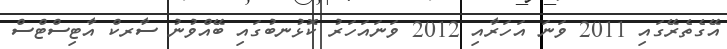
އޭގެތެރޭގައި 2011 ވަނަ އަހަރާއި 2012 ވަނައަހަރު ކޮޅުނބުގައި ބޭއްވުނު ސާރކް އާޓިސްޓްސް